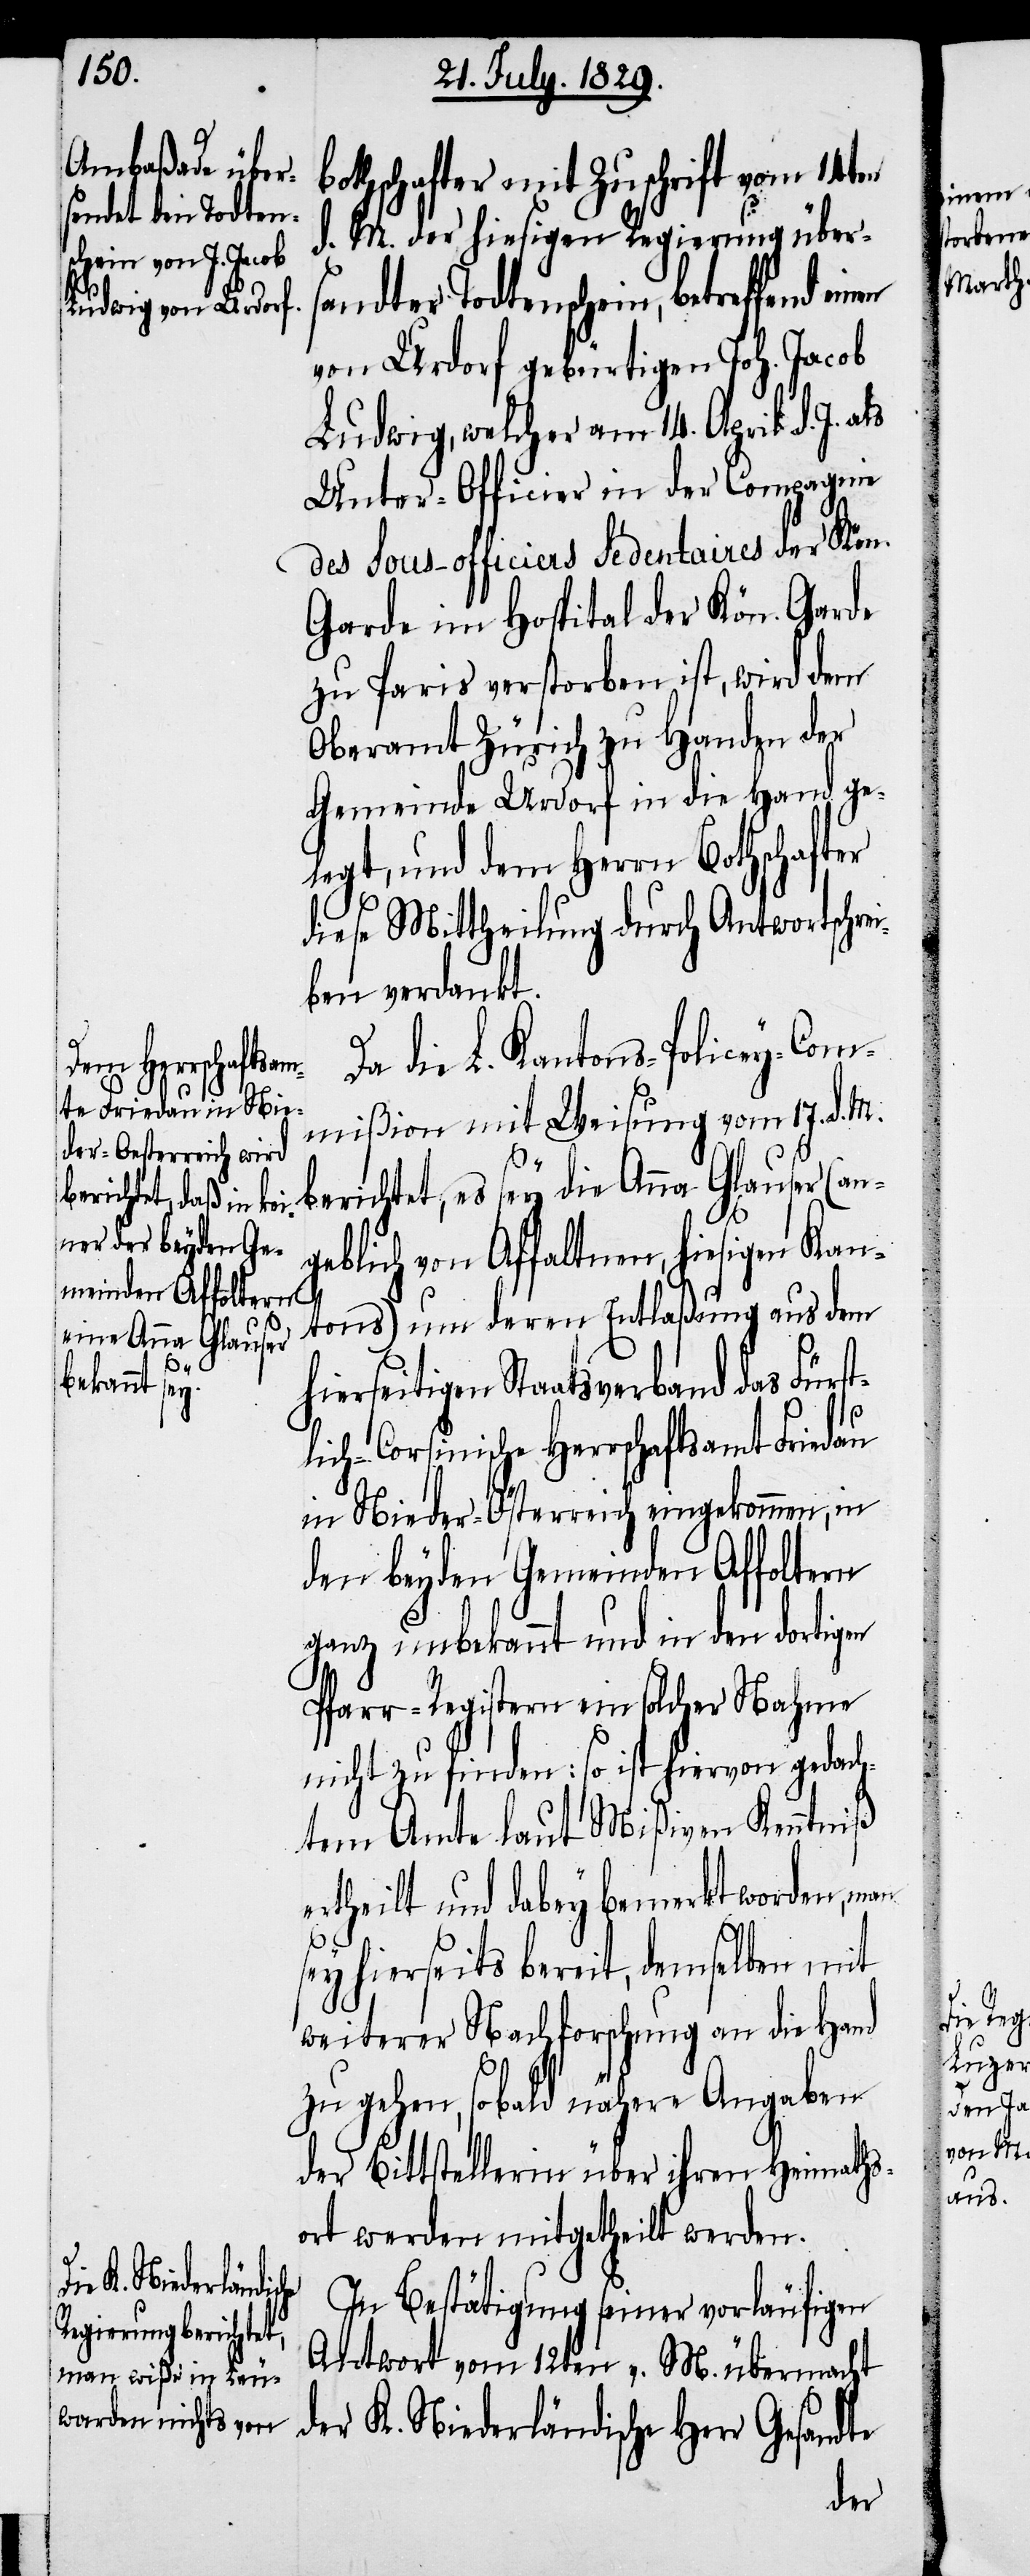
bothschafter mit Zuschrift vom 14ten
d. M. der hiesigen Regierung über¬
sandter Todtenschein, betreffend einen
von Urdorf gebürtigen Joh. Jacob
Ludwig, welcher am 14. April d. J.
Unter-Officier in der Compagnie
des Sou-officiers Sédentaires der Kön.
Garde im Hospital der Kön. Garde
zu Paris verstorben ist, wird dem
Oberamt Zürich zu Handen der
Gemeinde Urdorf in die Hand ge¬
legt, und dem Herrn Bothschafter
dieses Mittheilung durch Antwortschre¬
iben verdankt.
Da die L. Kantons-Policey-Com¬
mißion mit Weisung vom 17. d. M.
berichtet, es sey die Anna Glauser (an¬
geblich von Affaltnen, hiesigen Kan¬
tons) um deren Entlaßung aus dem
hierseitigen Staatsverband das Fürst¬
lich-Corsinische Herrschaftsamt Friedau
in Nieder-Oesterreich eingekommen, in
den beyden Gemeinden Affoltern
ganz unbekannt und in der dortigen
Pfarr-Registern ein solcher Nahme
nicht zu finden: so ist hiervon gedach¬
tem Amte laut Mißiven Kenntniß
ertheilt und dabey bemerkt worden, man
sey hierseits bereit, demselben mit
weiterer Nachforschung an die Hand
zu gehen, sobald nähere Angaben
der Bittstellerin über ihren Heimaths¬
ort werden mitgetheilt werden.
In Bestätigung seiner vorläufigen
Antwort vom 12ten v. M. übermacht
der K. Niederländische Gesandte